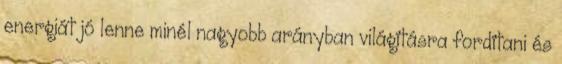
energiát jó lenne minél nagyobb arányban világításra fordítani és